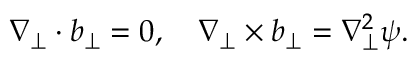
\nabla _ { \perp } \cdot \boldsymbol { b } _ { \perp } = 0 , \quad \nabla _ { \perp } \times \boldsymbol { b } _ { \perp } = \nabla _ { \perp } ^ { 2 } \psi .